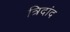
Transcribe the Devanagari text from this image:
त्रिदांद